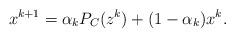
LaTeX: \begin{align*}x^{k+1}= \alpha_k P_C(z^k)+(1-\alpha_k)x^k.\end{align*}